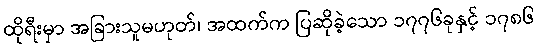
ထိုရီးမှာ အခြားသူမဟုတ်၊ အထက်က ပြဆိုခဲ့သော ၁၇၇၆ခုနှင့် ၁၇၈၆